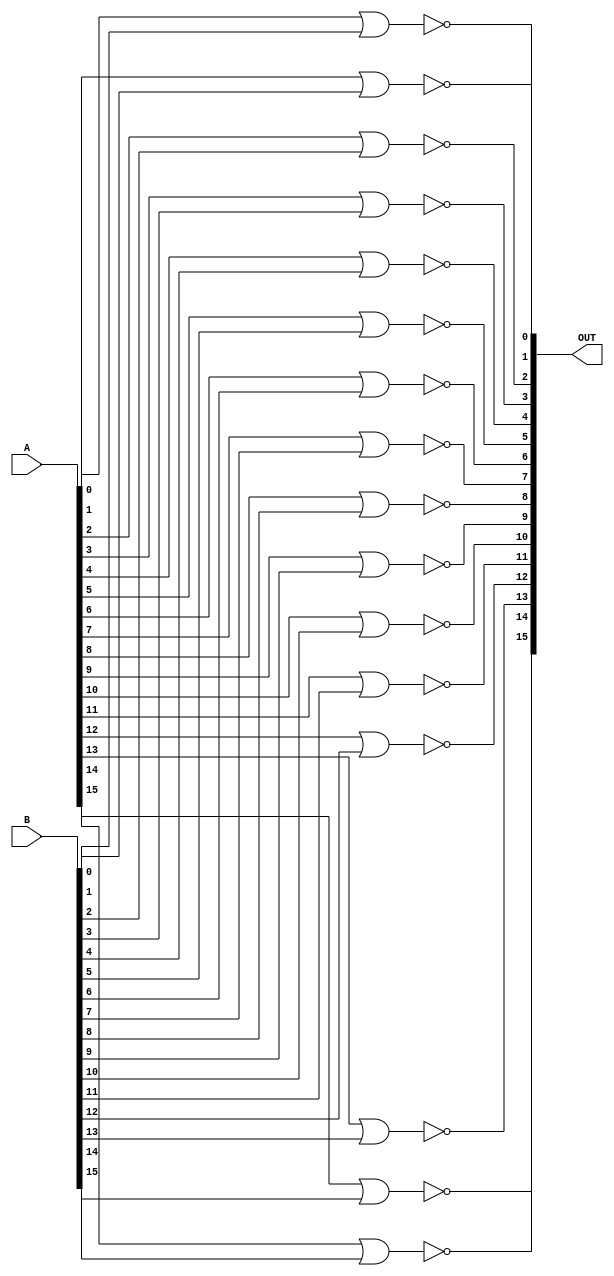
`timescale 1ns / 1ps
//////////////////////////////////////////////////////////////////////////////////
// Company: 
// Engineer: 
// 
// Design Name: 
// Module Name: POS_NOR
// Project Name: 
// Target Devices: 
// Tool Versions: 
// Description: 
// 
// Dependencies: 
// 
// Revision:
// Revision 0.01 - File Created
// Additional Comments:
// 
//////////////////////////////////////////////////////////////////////////////////


module POS_NOR(
output wire[15:0]OUT,
input wire[15:0]A,
input wire[15:0]B
    );
nor nor0(OUT[0],A[0],B[0]);    
nor nor1(OUT[1],A[1],B[1]);  
nor nor2(OUT[2],A[2],B[2]);  
nor nor3(OUT[3],A[3],B[3]);  
nor nor4(OUT[4],A[4],B[4]);    
nor nor5(OUT[5],A[5],B[5]);  
nor nor6(OUT[6],A[6],B[6]);  
nor nor7(OUT[7],A[7],B[7]); 
nor nor8(OUT[8],A[8],B[8]);    
nor nor9(OUT[9],A[9],B[9]);  
nor nor10(OUT[10],A[10],B[10]);  
nor nor11(OUT[11],A[11],B[11]); 
nor nor12(OUT[12],A[12],B[12]);    
nor nor13(OUT[13],A[13],B[13]);  
nor nor14(OUT[14],A[14],B[14]);  
nor nor15(OUT[15],A[15],B[15]); 

endmodule